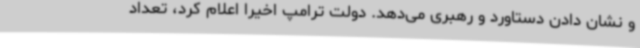
و نشان دادن دستاورد و رهبری می‌دهد. دولت ترامپ اخیرا اعلام کرد، تعداد